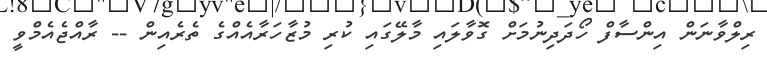
ރިލްވާނަން އިންސާފް ހޯދަދިނުމަށް ގޮވާލައި މާލޭގައި ކުރި މުޒާހަރާއެއްގެ ތެރެއިން -- ރާއްޖެއެމްވީ